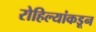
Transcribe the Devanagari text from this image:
रोहिल्यांकडून